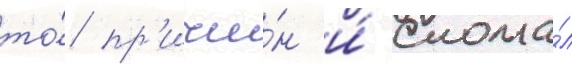
то́ пр'ичи́н и́ слома́л